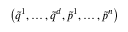
\left( \tilde { q } ^ { 1 } , \ldots , \tilde { q } ^ { d } , \tilde { p } ^ { 1 } , \ldots , \tilde { p } ^ { n } \right)